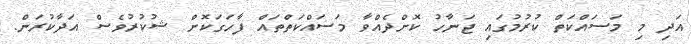
އަދި މި މަސައްކަތް ކުރުމުގައި ޖަނާހު ކޮށްދެއްވާ މަސައްކަތްތައް ފާހަގަކޮށް ޝުކުރުވެސް އަދާކުރަން.